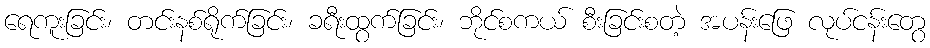
ရေကူးခြင်း၊ တင်းနစ်ရိုက်ခြင်း၊ ခရီးထွက်ခြင်း၊ ဘိုင်စကယ် စီးခြင်းစတဲ့ အပန်းဖြေ လုပ်ငန်းတွေ